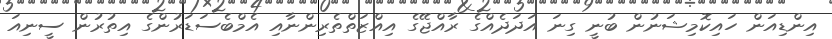
އިންޑިއަން ހައިކޮމިޝަނުން ބުނީ ގިނަ އަދަދެއްގެ ރާއްޖޭގެ އިއްޒަތްތެރިންނާއި އެމްބެސަޑަރުންގެ އިތުރުން ސީނިއަ